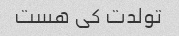
تولدت کی هست